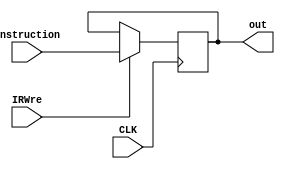
`timescale 1ns / 1ps
//////////////////////////////////////////////////////////////////////////////////
// Company: 
// Engineer: 
// 
// Design Name: 
// Module Name: IR
// Project Name: 
// Target Devices: 
// Tool Versions: 
// Description: 
// 
// Dependencies: 
// 
// Revision:
// Revision 0.01 - File Created
// Additional Comments:
// 
//////////////////////////////////////////////////////////////////////////////////


module IR(
        input CLK,
        input IRWre,
        input [31:0] instruction,
        output reg[31:0] out
    );
    initial begin
        out = 0;
    end
    always@(posedge CLK) begin
        if (IRWre) begin
            out <= instruction;
        end
        else begin
            out <= out;
        end
    end
endmodule